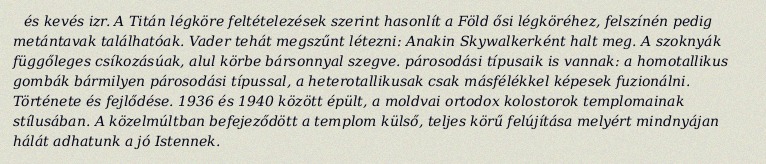
és kevés izr. A Titán légköre feltételezések szerint hasonlít a Föld ősi légköréhez, felszínén pedig metántavak találhatóak. Vader tehát megszűnt létezni: Anakin Skywalkerként halt meg. A szoknyák függőleges csíkozásúak, alul körbe bársonnyal szegve. párosodási típusaik is vannak: a homotallikus gombák bármilyen párosodási típussal, a heterotallikusak csak másfélékkel képesek fuzionálni. Története és fejlődése. 1936 és 1940 között épült, a moldvai ortodox kolostorok templomainak stílusában. A közelmúltban befejeződött a templom külső, teljes körű felújítása melyért mindnyájan hálát adhatunk a jó Istennek.